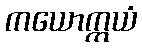
ကယောက္ကယံ